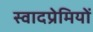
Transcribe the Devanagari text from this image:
स्वादप्रेमियों